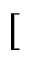
[